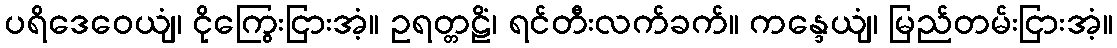
ပရိဒေဝေယျံ၊ ငိုကြွေးငြားအံ့။ ဥရတ္တဠိံ၊ ရင်တီးလက်ခက်။ ကန္ဒေယျံ၊ မြည်တမ်းငြားအံ့။